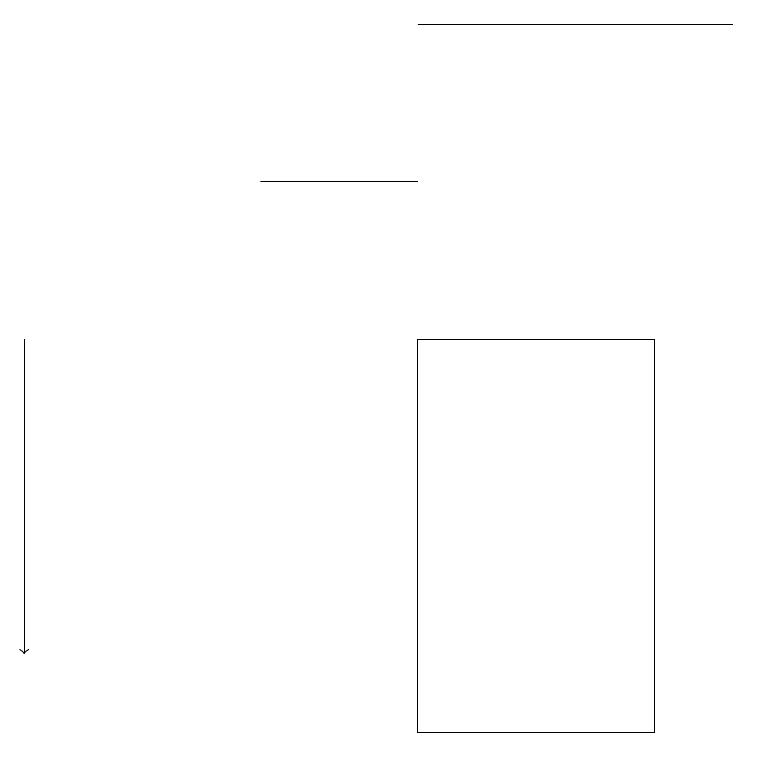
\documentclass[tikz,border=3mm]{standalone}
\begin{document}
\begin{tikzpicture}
\draw (5,19) rectangle (9,19);
\draw (3,17) rectangle (5,17);
\draw[->] (0,15) -- (0,11);
\draw (8,15) rectangle (5,10);
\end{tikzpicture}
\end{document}